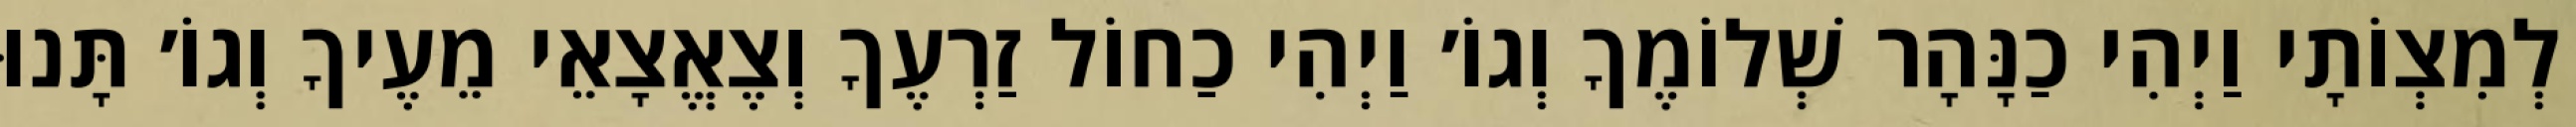
לְמִצְוֹתָי וַיְהִי כַנָּהָר שְׁלוֹמֶךָ וְגוֹ׳ וַיְהִי כַחוֹל זַרְעֶךָ וְצֶאֱצָאֵי מֵעֶיךָ וְגוֹ׳ תָּנוּ